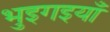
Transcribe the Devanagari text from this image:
भुइगइयाँ